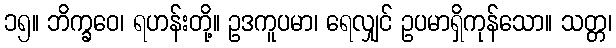
၁၅။ ဘိက္ခဝေ၊ ရဟန်းတို့။ ဥဒကူပမာ၊ ရေလျှင် ဥပမာရှိကုန်သော။ သတ္တ၊